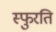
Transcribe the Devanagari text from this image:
स्फुरति